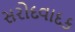
સરોદવાદક